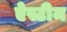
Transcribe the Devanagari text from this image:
ऐस्टीम